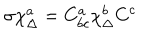
\sigma \chi _ { \Delta } ^ { a } = C _ { b c } ^ { a } \chi _ { \Delta } ^ { b } C ^ { c }